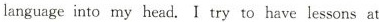
languageinto my head. I try to have lessons at